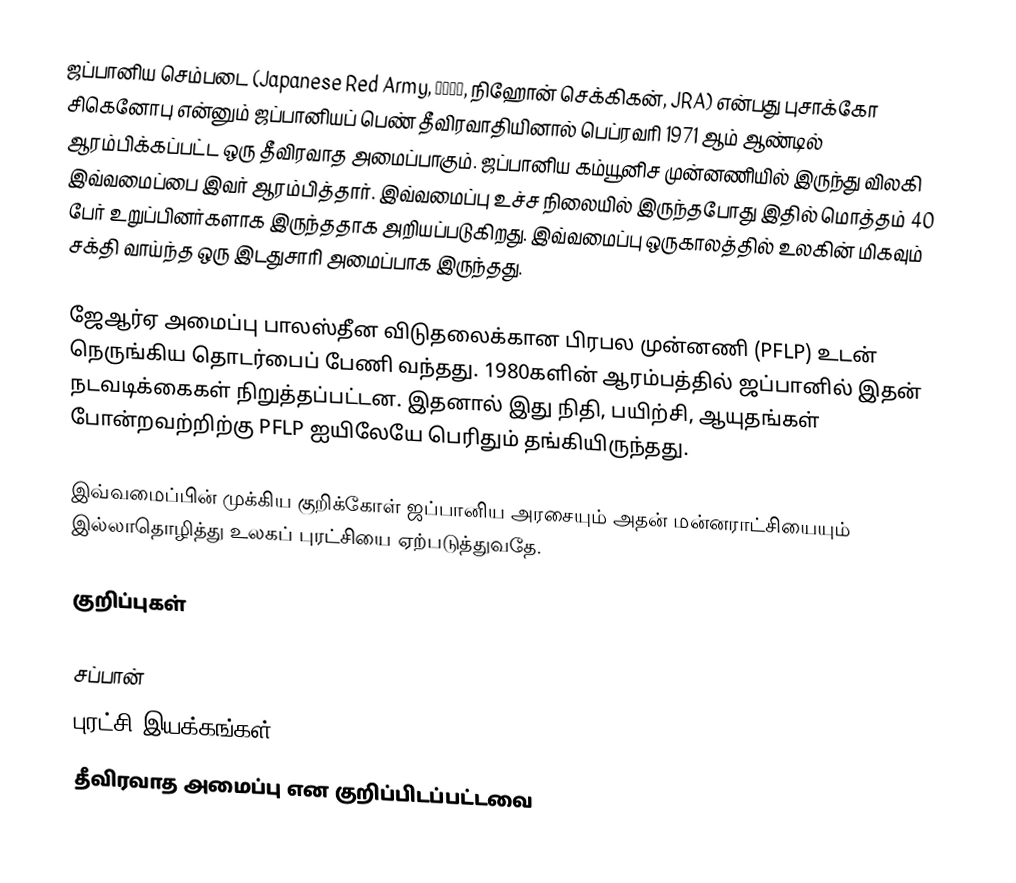
ஜப்பானிய செம்படை (Japanese Red Army, 日本赤軍, நிஹோன் செக்கிகன், JRA) என்பது புசாக்கோ சிகெனோபு என்னும் ஜப்பானியப் பெண் தீவிரவாதியினால் பெப்ரவரி 1971 ஆம் ஆண்டில் ஆரம்பிக்கப்பட்ட ஒரு தீவிரவாத அமைப்பாகும். ஜப்பானிய கம்யூனிச முன்னணியில் இருந்து விலகி இவ்வமைப்பை இவர் ஆரம்பித்தார். இவ்வமைப்பு உச்ச நிலையில் இருந்தபோது இதில் மொத்தம் 40 பேர் உறுப்பினர்களாக இருந்ததாக அறியப்படுகிறது. இவ்வமைப்பு ஒருகாலத்தில் உலகின் மிகவும் சக்தி வாய்ந்த ஒரு இடதுசாரி அமைப்பாக இருந்தது.

ஜேஆர்ஏ அமைப்பு பாலஸ்தீன விடுதலைக்கான பிரபல முன்னணி (PFLP) உடன் நெருங்கிய தொடர்பைப் பேணி வந்தது. 1980களின் ஆரம்பத்தில் ஜப்பானில் இதன் நடவடிக்கைகள் நிறுத்தப்பட்டன. இதனால் இது நிதி, பயிற்சி, ஆயுதங்கள் போன்றவற்றிற்கு PFLP ஐயிலேயே பெரிதும் தங்கியிருந்தது.

இவ்வமைப்பின் முக்கிய குறிக்கோள் ஜப்பானிய அரசையும் அதன் மன்னராட்சியையும் இல்லாதொழித்து உலகப் புரட்சியை ஏற்படுத்துவதே.

குறிப்புகள்

சப்பான்
புரட்சி இயக்கங்கள்
தீவிரவாத அமைப்பு என குறிப்பிடப்பட்டவை